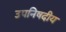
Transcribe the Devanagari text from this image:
उपनिषदीय